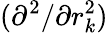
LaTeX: (\partial^{2}/\partial r_{k}^{2})